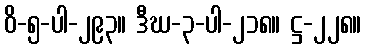
ဝိ-၅-ပါ-၂၉၃။ ဒီဃ-၃-ပါ-၂၁၈။ ဋ္ဌ-၂၂၈။